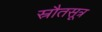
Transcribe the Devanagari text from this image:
स्रौतसूत्र